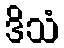
ဒိသံ